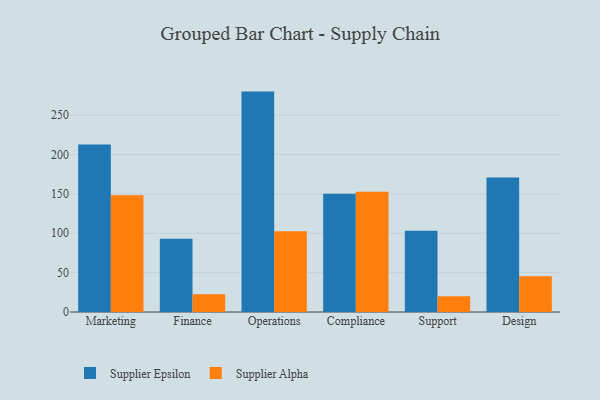
{"axis": {"x": "Department", "y": "Market Share (%)"}, "legend": ["Supplier Alpha", "Supplier Epsilon"], "data": [{"x": "Marketing", "y": 212.9, "type": "Supplier Epsilon"}, {"x": "Marketing", "y": 148.2, "type": "Supplier Alpha"}, {"x": "Finance", "y": 93.2, "type": "Supplier Epsilon"}, {"x": "Finance", "y": 22.7, "type": "Supplier Alpha"}, {"x": "Operations", "y": 280.0, "type": "Supplier Epsilon"}, {"x": "Operations", "y": 102.5, "type": "Supplier Alpha"}, {"x": "Compliance", "y": 150.3, "type": "Supplier Epsilon"}, {"x": "Compliance", "y": 152.9, "type": "Supplier Alpha"}, {"x": "Support", "y": 103.2, "type": "Supplier Epsilon"}, {"x": "Support", "y": 20.0, "type": "Supplier Alpha"}, {"x": "Design", "y": 170.9, "type": "Supplier Epsilon"}, {"x": "Design", "y": 45.3, "type": "Supplier Alpha"}]}